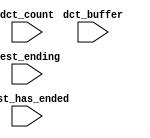
module limbus_cpu_oci_test_bench (
                                   // inputs:
                                    dct_buffer,
                                    dct_count,
                                    test_ending,
                                    test_has_ended
                                 )
;

  input   [ 29: 0] dct_buffer;
  input   [  3: 0] dct_count;
  input            test_ending;
  input            test_has_ended;


endmodule